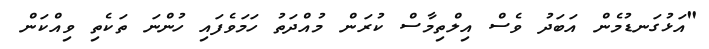
"އަޅުގަނޑުމެން އަބަދު ވެސް އިލްތިމާސް ކުރަން މުއްދަތު ހަމަވެފައި ހުންނަ ތަކެތި ވިއްކަން